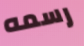
رسمه